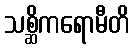
သစ္ဆိကရောမီတိ